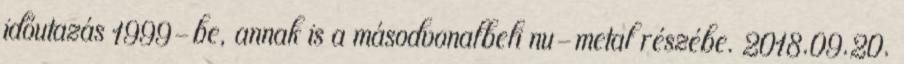
időutazás 1999-be, annak is a másodvonalbeli nu-metal részébe. 2018.09.20.